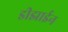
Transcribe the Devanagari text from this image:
डीझाईन